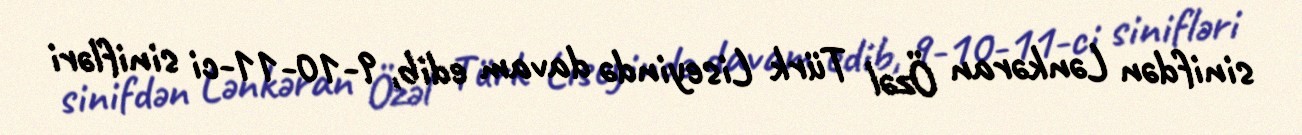
sinifdən Lənkəran Özəl Türk Liseyində davam edib, 9-10-11-ci sinifləri